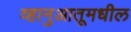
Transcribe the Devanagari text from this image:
व्हानुआतूमधील